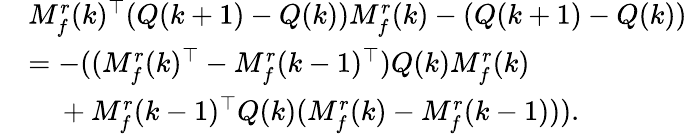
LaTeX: \begin{array}{rl}&{M_{f}^{r}(k)^{\top}(Q(k+1)-Q(k))M_{f}^{r}(k)-(Q(k+1)-Q(k))}\\ &{=-((M_{f}^{r}(k)^{\top}-M_{f}^{r}(k-1)^{\top})Q(k)M_{f}^{r}(k)}\\ &{\ \ \ \ +M_{f}^{r}(k-1)^{\top}Q(k)(M_{f}^{r}(k)-M_{f}^{r}(k-1))).}\end{array}